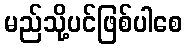
မည်သို့ပင်ဖြစ်ပါစေ